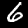
Digit: 6